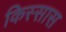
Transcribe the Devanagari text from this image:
किस्सास